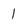
Character: 1